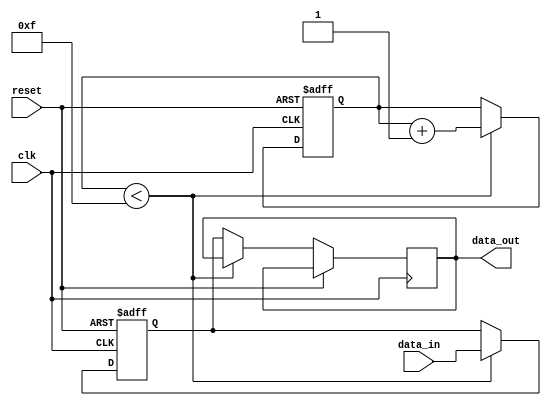
module buffer_delay(
    input wire clk,          // Clock signal
    input wire reset,        // Reset signal
    input wire data_in,      // Input data signal
    output reg data_out      // Output data signal
);

reg [3:0] delay_counter;    // Counter to introduce delay
reg delayed_data;           // Delayed data signal

always @(posedge clk or posedge reset) begin
    if (reset) begin         // Reset state
        delay_counter <= 4'b0000;
        delayed_data <= 1'b0;
    end else begin           // Normal operation
        if (delay_counter < 4'b1111) begin
            delay_counter <= delay_counter + 1;
            delayed_data <= data_in;
        end else begin
            data_out <= delayed_data;
        end
    end
end

endmodule